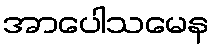
အာပေါသမေန